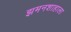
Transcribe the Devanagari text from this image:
झमनशाहाला